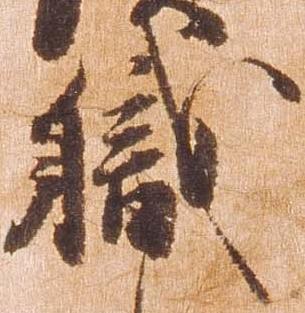
職